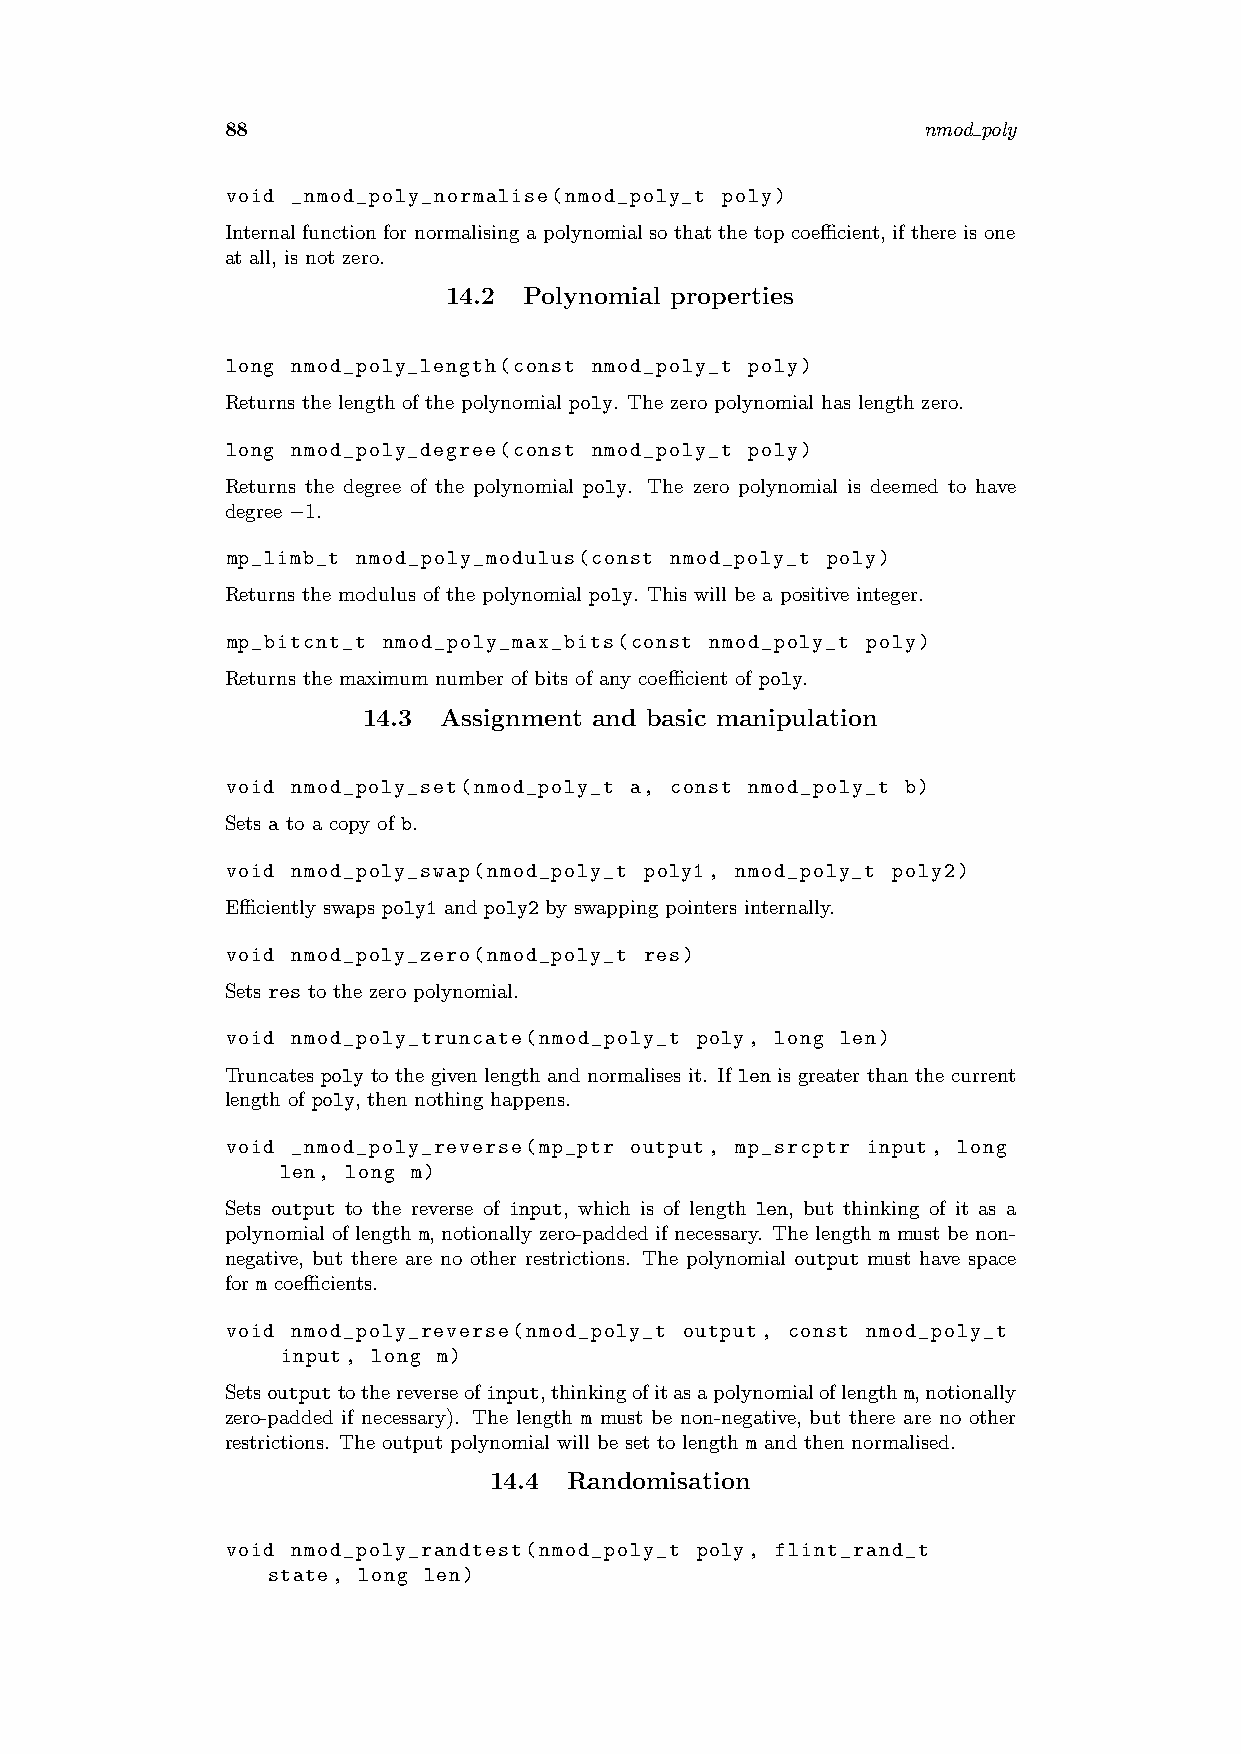
88                                            nmod poly
 void _nmod_poly_normalise(nmod_poly_t poly)
 Internal function for normalising a polynomial so that the top coefficient, if there is one
 at all, is not zero.
 14.2 Polynomial properties
 long nmod_poly_length(const nmod_poly_t poly)
 Returns the length of the polynomial poly. The zero polynomial has length zero.
 long nmod_poly_degree(const nmod_poly_t poly)
 Returns the degree of the polynomial poly. The zero polynomial is deemed to have
 degree −1.
 mp_limb_t nmod_poly_modulus(const nmod_poly_t poly)
 Returns the modulus of the polynomial poly. This will be a positive integer.
 mp_bitcnt_t nmod_poly_max_bits(const nmod_poly_t poly)
 Returns the maximum number of bits of any coefficient of poly.
 14.3 Assignment and basic manipulation
 void nmod_poly_set(nmod_poly_t a, const nmod_poly_t b)
 Sets a to a copy of b.
 void nmod_poly_swap(nmod_poly_t poly1, nmod_poly_t poly2)
 Efficiently swaps poly1 and poly2 by swapping pointers internally.
 void nmod_poly_zero(nmod_poly_t res)
 Sets res to the zero polynomial.
 void nmod_poly_truncate(nmod_poly_t poly, long len)
 Truncates poly to the given length and normalises it. If len is greater than the current
 length of poly, then nothing happens.
 void _nmod_poly_reverse(mp_ptr output, mp_srcptr input, long
 len, long m)
 Sets output to the reverse of input, which is of length len, but thinking of it as a
 polynomial of length m, notionally zero-padded if necessary. The length m must be non-
 negative, but there are no other restrictions. The polynomial output must have space
 for m coefficients.
 void nmod_poly_reverse(nmod_poly_t output, const nmod_poly_t
 input, long m)
 Setsoutputtothereverseofinput,thinkingofitasapolynomialoflengthm,notionally
 zero-padded if necessary). The length m must be non-negative, but there are no other
 restrictions. The output polynomial will be set to length m and then normalised.
 14.4  Randomisation
 void nmod_poly_randtest(nmod_poly_t poly, flint_rand_t
 state, long len)